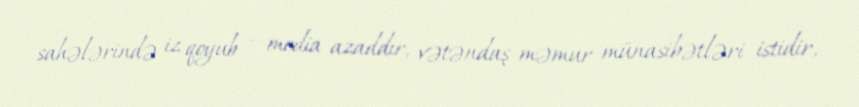
sahələrində iz qoyub – media azaddır, vətəndaş-məmur münasibətləri istidir,